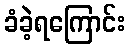
ခံခဲ့ရကြောင်း